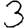
Digit: 3